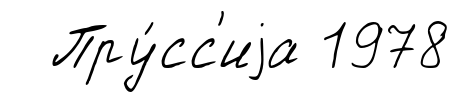
Пру́сс'иjа 1978